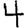
Digit: 4